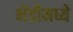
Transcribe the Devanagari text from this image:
भेंडीमध्ये